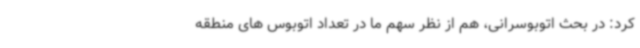
کرد: در بحث اتوبوسرانی، هم از نظر سهم ما در تعداد اتوبوس های منطقه